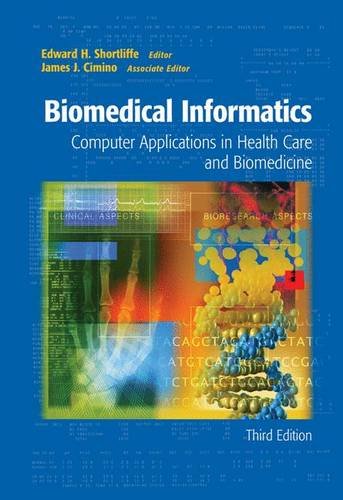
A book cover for Biomedical Informatics: Computer Applications in Health Care and Biomedicine (Health Informatics); Computers & Technology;